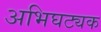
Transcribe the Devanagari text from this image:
अभिघट्यक